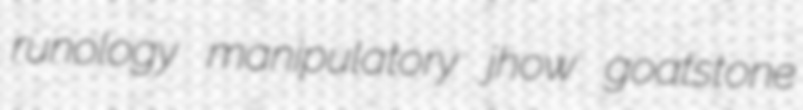
runology manipulatory jhow goatstone